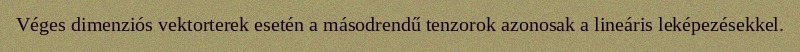
Véges dimenziós vektorterek esetén a másodrendű tenzorok azonosak a lineáris leképezésekkel.